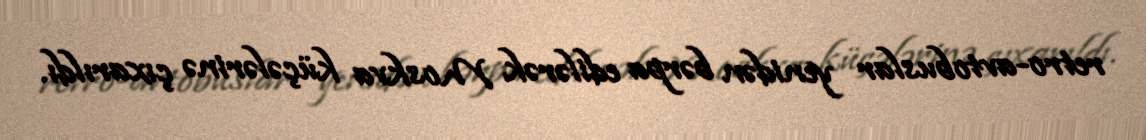
retro-avtobuslar yenidən bərpa edilərək Moskva küçələrinə çıxarıldı.